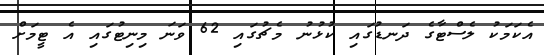
އެކަމަކު ލެސްޓާގެ ދަނޑުގައި ކުޅުނު މެޗުގައި 62 ވަނަ މިނިޓުގައި އެ ޓީމަށް